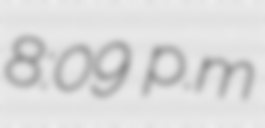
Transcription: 8:09 p.m